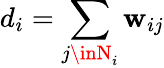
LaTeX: d_{i}=\sum_{j\inN_{i}}\mathbf{w}_{ij}